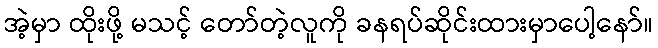
အဲ့မှာ ထိုးဖို့ မသင့် တော်တဲ့လူကို ခနရပ်ဆိုင်းထားမှာပေါ့နော်။